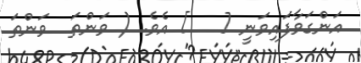
އަންގަވާފައިވަނީ [   ] އެވެ. ( ވަންތަ  ވަންތަ